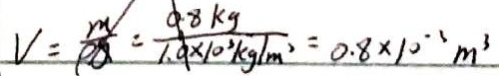
v = \frac { m } { p g } = \frac { 0 . 8 k g } { 1 . 0 \times 1 0 ^ { 3 } k g / m ^ { 2 } } = 0 . 8 \times 1 0 ^ { - 3 } m ^ { 3 }